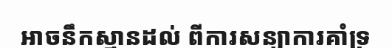
អាចនឹកស្មានដល់ ពីការសន្យាការគាំទ្រ